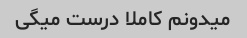
میدونم کاملا درست میگی